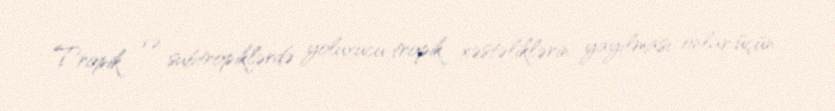
Tropik və subtropiklərdə yoluxucu tropik xəstəliklərin yayılması onlar üçün